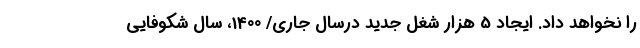
را نخواهد داد. ایجاد 5 هزار شغل جدید درسال جاری/ 1400، سال شکوفایی